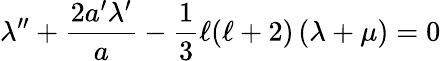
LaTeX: \lambda^{\prime\prime}+\frac{2a^{\prime}\lambda^{\prime}}{a}-\frac{1}{3}\ell(\ell+2)\left(\lambda+\mu\right)=0